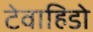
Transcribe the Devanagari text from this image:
टेवाहिडो